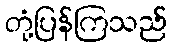
တုံ့ပြန်ကြသည်